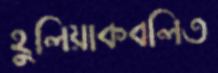
হুলিয়াকবলিত